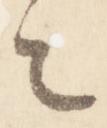
者